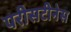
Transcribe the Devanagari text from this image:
परीसटीनेस